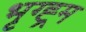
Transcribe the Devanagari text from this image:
भृग्ह्र्म